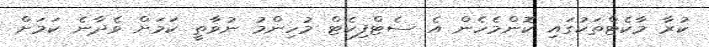
ކުރާ މާކެޓްތަކުގައި ކޮންމެހެން އެ ސެޓްފިކެޓް މުހިންމު ނުވާތީ ކަމަށް ވެދާނެ ކަމަށް